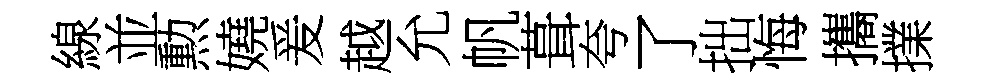
線並勲嬈爰越允帆葺夸了拙悔攜擈